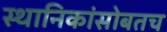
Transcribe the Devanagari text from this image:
स्थानिकांसोबतच